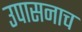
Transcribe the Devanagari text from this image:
उपासनाच